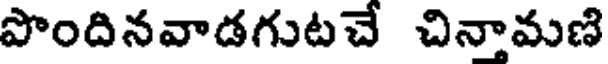
పొందినవాడగుటచే చినామణి